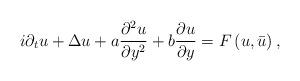
LaTeX: \begin{align*}i\partial _{t}u+\Delta u+a\frac{\partial ^{2}u}{\partial y^{2}}+b\frac{\partial u}{\partial y}=F\left( u,\bar{u}\right) , \end{align*}